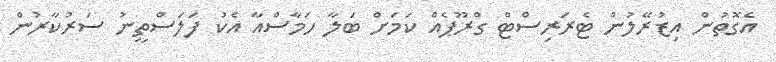
އެގޮތުން އިޒުރޭލުން ޓެރަރިސްޓް ގްރޫޕެއް ކަމަށް ބަލާ ހަމާސްއާ އެކު ފަލަސްތީނު ސަރުކާރުން